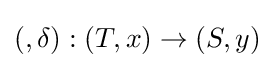
(,\delta ):(T,x)\to (S,y)